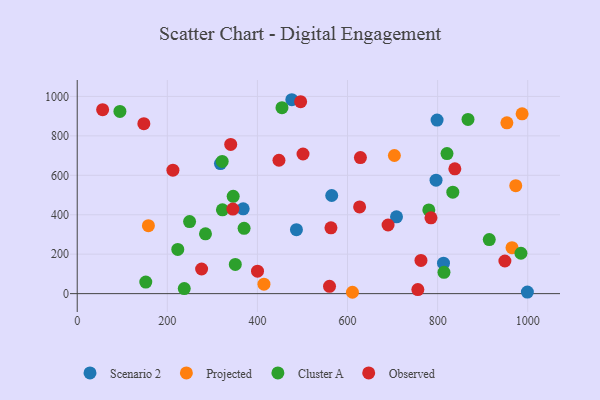
{"axis": {"x": "Experience", "y": "Yield"}, "legend": ["Cluster A", "Observed", "Projected", "Scenario 2"], "data": [{"x": "708.7", "y": 389.3, "type": "Scenario 2"}, {"x": "798.8", "y": 880.1, "type": "Scenario 2"}, {"x": "368.4", "y": 429.8, "type": "Scenario 2"}, {"x": "564.9", "y": 497.6, "type": "Scenario 2"}, {"x": "813.0", "y": 154.2, "type": "Scenario 2"}, {"x": "476.3", "y": 983.2, "type": "Scenario 2"}, {"x": "317.9", "y": 659.6, "type": "Scenario 2"}, {"x": "796.5", "y": 575.4, "type": "Scenario 2"}, {"x": "486.6", "y": 324.1, "type": "Scenario 2"}, {"x": "999.2", "y": 7.8, "type": "Scenario 2"}, {"x": "973.4", "y": 547.4, "type": "Projected"}, {"x": "158.0", "y": 344.4, "type": "Projected"}, {"x": "610.9", "y": 6.9, "type": "Projected"}, {"x": "953.7", "y": 866.0, "type": "Projected"}, {"x": "704.0", "y": 700.3, "type": "Projected"}, {"x": "987.5", "y": 911.9, "type": "Projected"}, {"x": "414.5", "y": 48.1, "type": "Projected"}, {"x": "965.1", "y": 233.1, "type": "Projected"}, {"x": "454.5", "y": 942.8, "type": "Cluster A"}, {"x": "814.1", "y": 108.0, "type": "Cluster A"}, {"x": "152.2", "y": 58.4, "type": "Cluster A"}, {"x": "833.7", "y": 514.5, "type": "Cluster A"}, {"x": "820.8", "y": 710.4, "type": "Cluster A"}, {"x": "346.2", "y": 493.3, "type": "Cluster A"}, {"x": "284.7", "y": 303.5, "type": "Cluster A"}, {"x": "322.3", "y": 424.9, "type": "Cluster A"}, {"x": "370.4", "y": 331.4, "type": "Cluster A"}, {"x": "984.9", "y": 204.8, "type": "Cluster A"}, {"x": "350.9", "y": 148.3, "type": "Cluster A"}, {"x": "867.4", "y": 883.3, "type": "Cluster A"}, {"x": "914.6", "y": 273.9, "type": "Cluster A"}, {"x": "94.8", "y": 924.0, "type": "Cluster A"}, {"x": "321.8", "y": 670.5, "type": "Cluster A"}, {"x": "223.2", "y": 224.2, "type": "Cluster A"}, {"x": "237.6", "y": 25.9, "type": "Cluster A"}, {"x": "780.4", "y": 424.3, "type": "Cluster A"}, {"x": "249.4", "y": 365.6, "type": "Cluster A"}, {"x": "495.9", "y": 973.5, "type": "Observed"}, {"x": "756.1", "y": 20.5, "type": "Observed"}, {"x": "560.0", "y": 37.2, "type": "Observed"}, {"x": "838.2", "y": 632.8, "type": "Observed"}, {"x": "785.2", "y": 384.2, "type": "Observed"}, {"x": "628.6", "y": 689.9, "type": "Observed"}, {"x": "400.2", "y": 114.0, "type": "Observed"}, {"x": "212.4", "y": 626.0, "type": "Observed"}, {"x": "626.8", "y": 439.5, "type": "Observed"}, {"x": "690.0", "y": 348.1, "type": "Observed"}, {"x": "763.0", "y": 168.2, "type": "Observed"}, {"x": "345.5", "y": 428.9, "type": "Observed"}, {"x": "56.4", "y": 932.5, "type": "Observed"}, {"x": "147.9", "y": 862.0, "type": "Observed"}, {"x": "447.8", "y": 676.4, "type": "Observed"}, {"x": "949.3", "y": 165.6, "type": "Observed"}, {"x": "340.7", "y": 756.6, "type": "Observed"}, {"x": "501.2", "y": 707.9, "type": "Observed"}, {"x": "563.2", "y": 333.9, "type": "Observed"}, {"x": "276.1", "y": 125.0, "type": "Observed"}]}